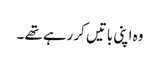
وہ اپنی باتیں کر رہے تھے ۔